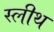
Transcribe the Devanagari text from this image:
स्लीथ